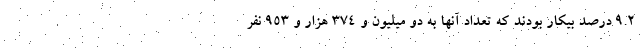
۹.۲ درصد بیکار بودند که تعداد آنها به دو میلیون و ۳۷۴ هزار و ۹۵۳ نفر